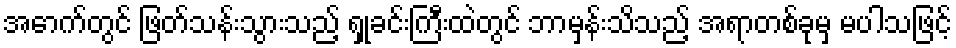
အောက်တွင် ဖြတ်သန်းသွားသည့် ရှုခင်းကြီးထဲတွင် ဘာမှန်းသိသည့် အရာတစ်ခုမှ မပါသဖြင့်